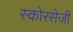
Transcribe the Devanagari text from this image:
स्कोरसेजी